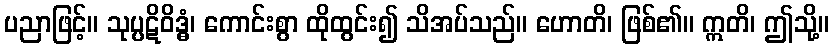
ပညာဖြင့်။ သုပ္ပဋိဝိဒ္ဓံ၊ ကောင်းစွာ ထိုထွင်း၍ သိအပ်သည်။ ဟောတိ၊ ဖြစ်၏။ ဣတိ၊ ဤသို့။